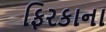
ફિરકાના